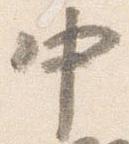
中